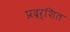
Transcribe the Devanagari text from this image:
प्रद्रर्शित